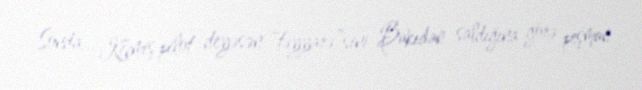
Sonda... Keçmiş pilot deyəsən “təyyarə”sini Bakıdan saldığına görə peşman